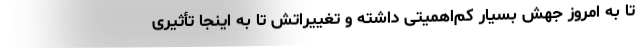
تا به امروز جهش بسیار کم‌اهمیتی داشته و تغییراتش تا به اینجا تأثیری